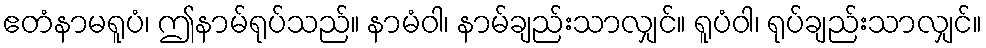
ဧတံနာမရူပံ၊ ဤနာမ်ရုပ်သည်။ နာမံဝါ၊ နာမ်ချည်းသာလျှင်။ ရူပံဝါ၊ ရုပ်ချည်းသာလျှင်။